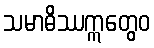
သမာဓိဿဣတွေဝ